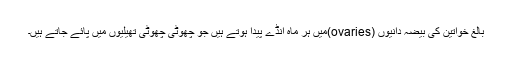
بالغ خواتین کی بیضہ دانیوں (ovaries)میں ہر ماہ انڈے پیدا ہوتے ہیں جو چھوٹی چھوٹی تھیلیوں میں پائے جاتے ہیں۔